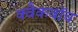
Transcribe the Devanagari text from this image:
क्वैकवॉच